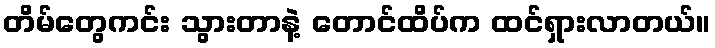
တိမ်တွေကင်း သွားတာနဲ့ တောင်ထိပ်က ထင်ရှားလာတယ်။